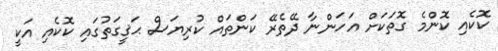
ކޮކެއި ކޮންމެ ގޮތަކަށް އަހަންނާ ދޭތެރޭ ކަންތައް ކުރިޔަސް ޙަޤީގަތުގައި ކޮކެއި އަކީ